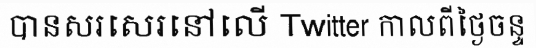
បានសរសេរនៅលើ Twitter កាលពីថ្ងៃចន្ទ